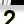
Digit: 2